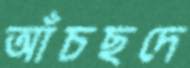
আঁচছদে